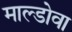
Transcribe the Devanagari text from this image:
माल्डोवा